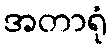
အတာရုံ